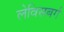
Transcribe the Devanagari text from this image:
लेविसबर्ग